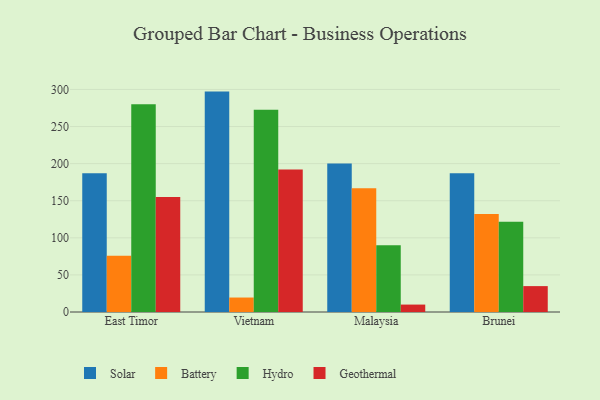
{"axis": {"x": "Country", "y": "Bounce Rate (%)"}, "legend": ["Battery", "Geothermal", "Hydro", "Solar"], "data": [{"x": "East Timor", "y": 187.2, "type": "Solar"}, {"x": "East Timor", "y": 75.8, "type": "Battery"}, {"x": "East Timor", "y": 280.1, "type": "Hydro"}, {"x": "East Timor", "y": 155.0, "type": "Geothermal"}, {"x": "Vietnam", "y": 297.1, "type": "Solar"}, {"x": "Vietnam", "y": 19.5, "type": "Battery"}, {"x": "Vietnam", "y": 272.8, "type": "Hydro"}, {"x": "Vietnam", "y": 192.0, "type": "Geothermal"}, {"x": "Malaysia", "y": 200.3, "type": "Solar"}, {"x": "Malaysia", "y": 166.9, "type": "Battery"}, {"x": "Malaysia", "y": 90.1, "type": "Hydro"}, {"x": "Malaysia", "y": 10.0, "type": "Geothermal"}, {"x": "Brunei", "y": 187.1, "type": "Solar"}, {"x": "Brunei", "y": 132.2, "type": "Battery"}, {"x": "Brunei", "y": 121.8, "type": "Hydro"}, {"x": "Brunei", "y": 34.9, "type": "Geothermal"}]}